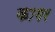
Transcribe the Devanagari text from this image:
कागर